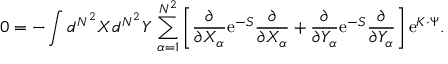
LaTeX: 0 = - \int d ^ { N ^ { 2 } } X d ^ { N ^ { 2 } } Y \, \sum _ { \alpha = 1 } ^ { N ^ { 2 } } \left[ \frac { \partial } { \partial X _ { \alpha } } \mathrm { e } ^ { - S } \frac { \partial } { \partial X _ { \alpha } } + \frac { \partial } { \partial Y _ { \alpha } } \mathrm { e } ^ { - S } \frac { \partial } { \partial Y _ { \alpha } } \right] \mathrm { e } ^ { K \cdot \Psi } .